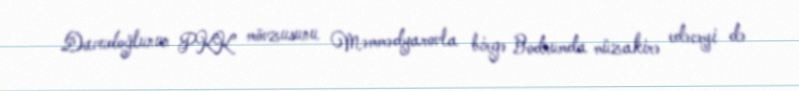
Davudoğlunun PKK mövzusunu Məmmədyarovla birgə Bodrumda müzakirə edəcəyi də